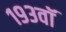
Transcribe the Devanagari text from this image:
१९३वॉ